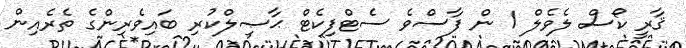
ޤާރީ ކޯސް ލެވެލް 1 ން ފާސްވެ ސެޓްފިކެޓް ޙާޞިލްކުރި ބައިވެރިންގެ ތެރެއިން